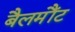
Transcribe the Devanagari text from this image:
बैलमौंट